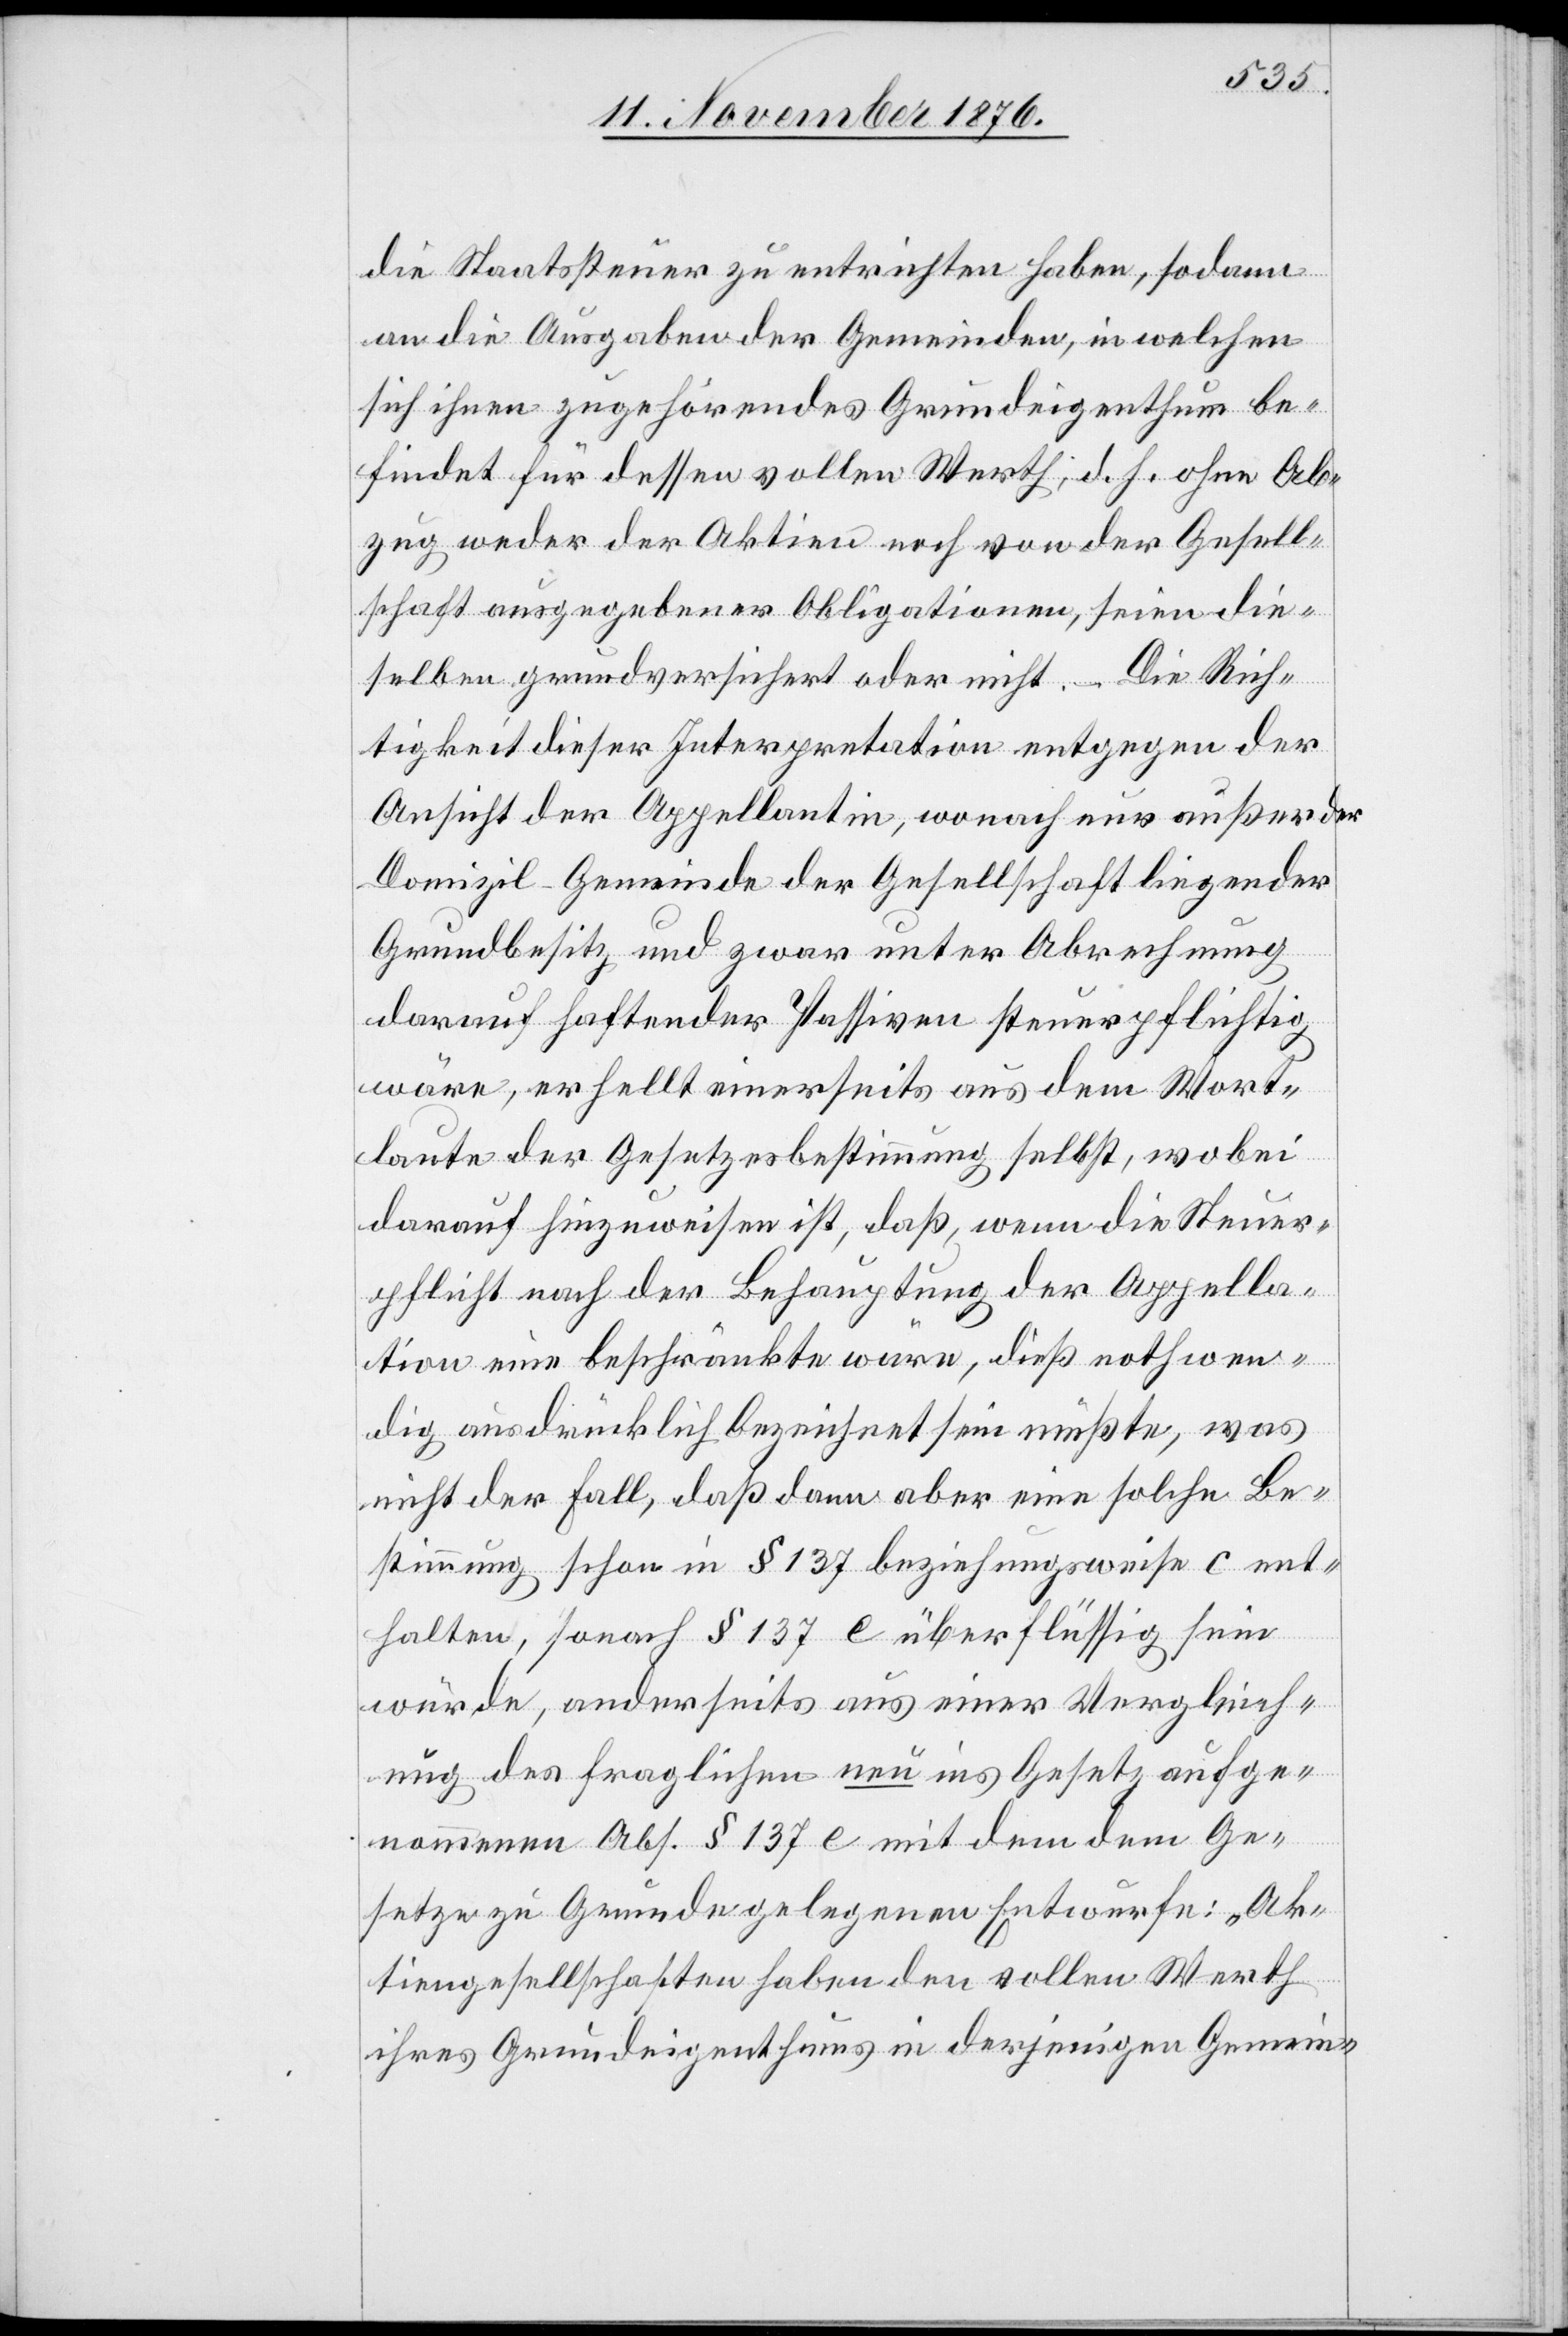
die Staatssteuer zu entrichten haben, sodann
an die Ausgaben der Gemeinden, in welchen
sich ihnen zugehörendes Grundeigenthum be¬
findet für dessen vollen Werth, d. h. ohne Ab¬
zug weder der Aktien noch von der Gesell¬
schaft ausgegebener Obligationen, seien die¬
selben grundversichert oder nicht. – Die Rich¬
tigkeit dieser Interpretation entgegen der
Ansicht der Appellantin, wonach nur außer der
Domizil-Gemeinde der Gesellschaft liegender
Grundbesitz und zwar unter Abrechnung
darauf haftender Passiven steuerpflichtig
wäre, erhellt einerseits aus dem Wort¬
laute der Gesetzesbestimmung selbst, wobei
darauf hinzuweisen ist, daß, wenn die Steuer¬
pflicht nach der Behauptung der Appella¬
tion eine beschränkte wäre, dieß nothwen¬
dig ausdrücklich bezeichnet sein müßte, was
nicht der Fall, daß dann aber eine solche Be¬
stimmung schon in § 137 beziehungsweise c ent¬
halten, sonach § 137 e überflüssig sein
würde, anderseits aus einer Vergleich¬
ung des fraglichen neu ins Gesetz aufge¬
Ab¬
satze zu Grunde gelegenen Entwurfe: „Ak¬
tiengesellschaften haben den vollen Werth
ihres Grundeigenthums in derjenigen Gemein-